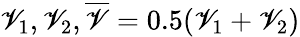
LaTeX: \mathscr{V}_{1},\mathscr{V}_{2},\overline{{{\mathscr{V}}}}=0.5(\mathscr{V}_{1}+\mathscr{V}_{2})